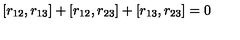
[ r _ { 1 2 } , r _ { 1 3 } ] + [ r _ { 1 2 } , r _ { 2 3 } ] + [ r _ { 1 3 } , r _ { 2 3 } ] = 0